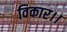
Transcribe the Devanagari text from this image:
विकार।।